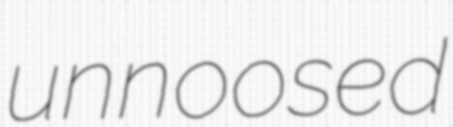
unnoosed